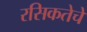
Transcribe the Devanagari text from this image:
रसिकतेचे